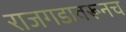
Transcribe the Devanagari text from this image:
राजगडावरूनच